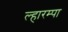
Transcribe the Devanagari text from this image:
ल्हारम्पा